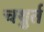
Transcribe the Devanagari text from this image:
चथुर्त